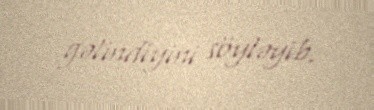
gəlindiyini söyləyib.